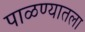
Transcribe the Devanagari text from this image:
पाळण्यातला